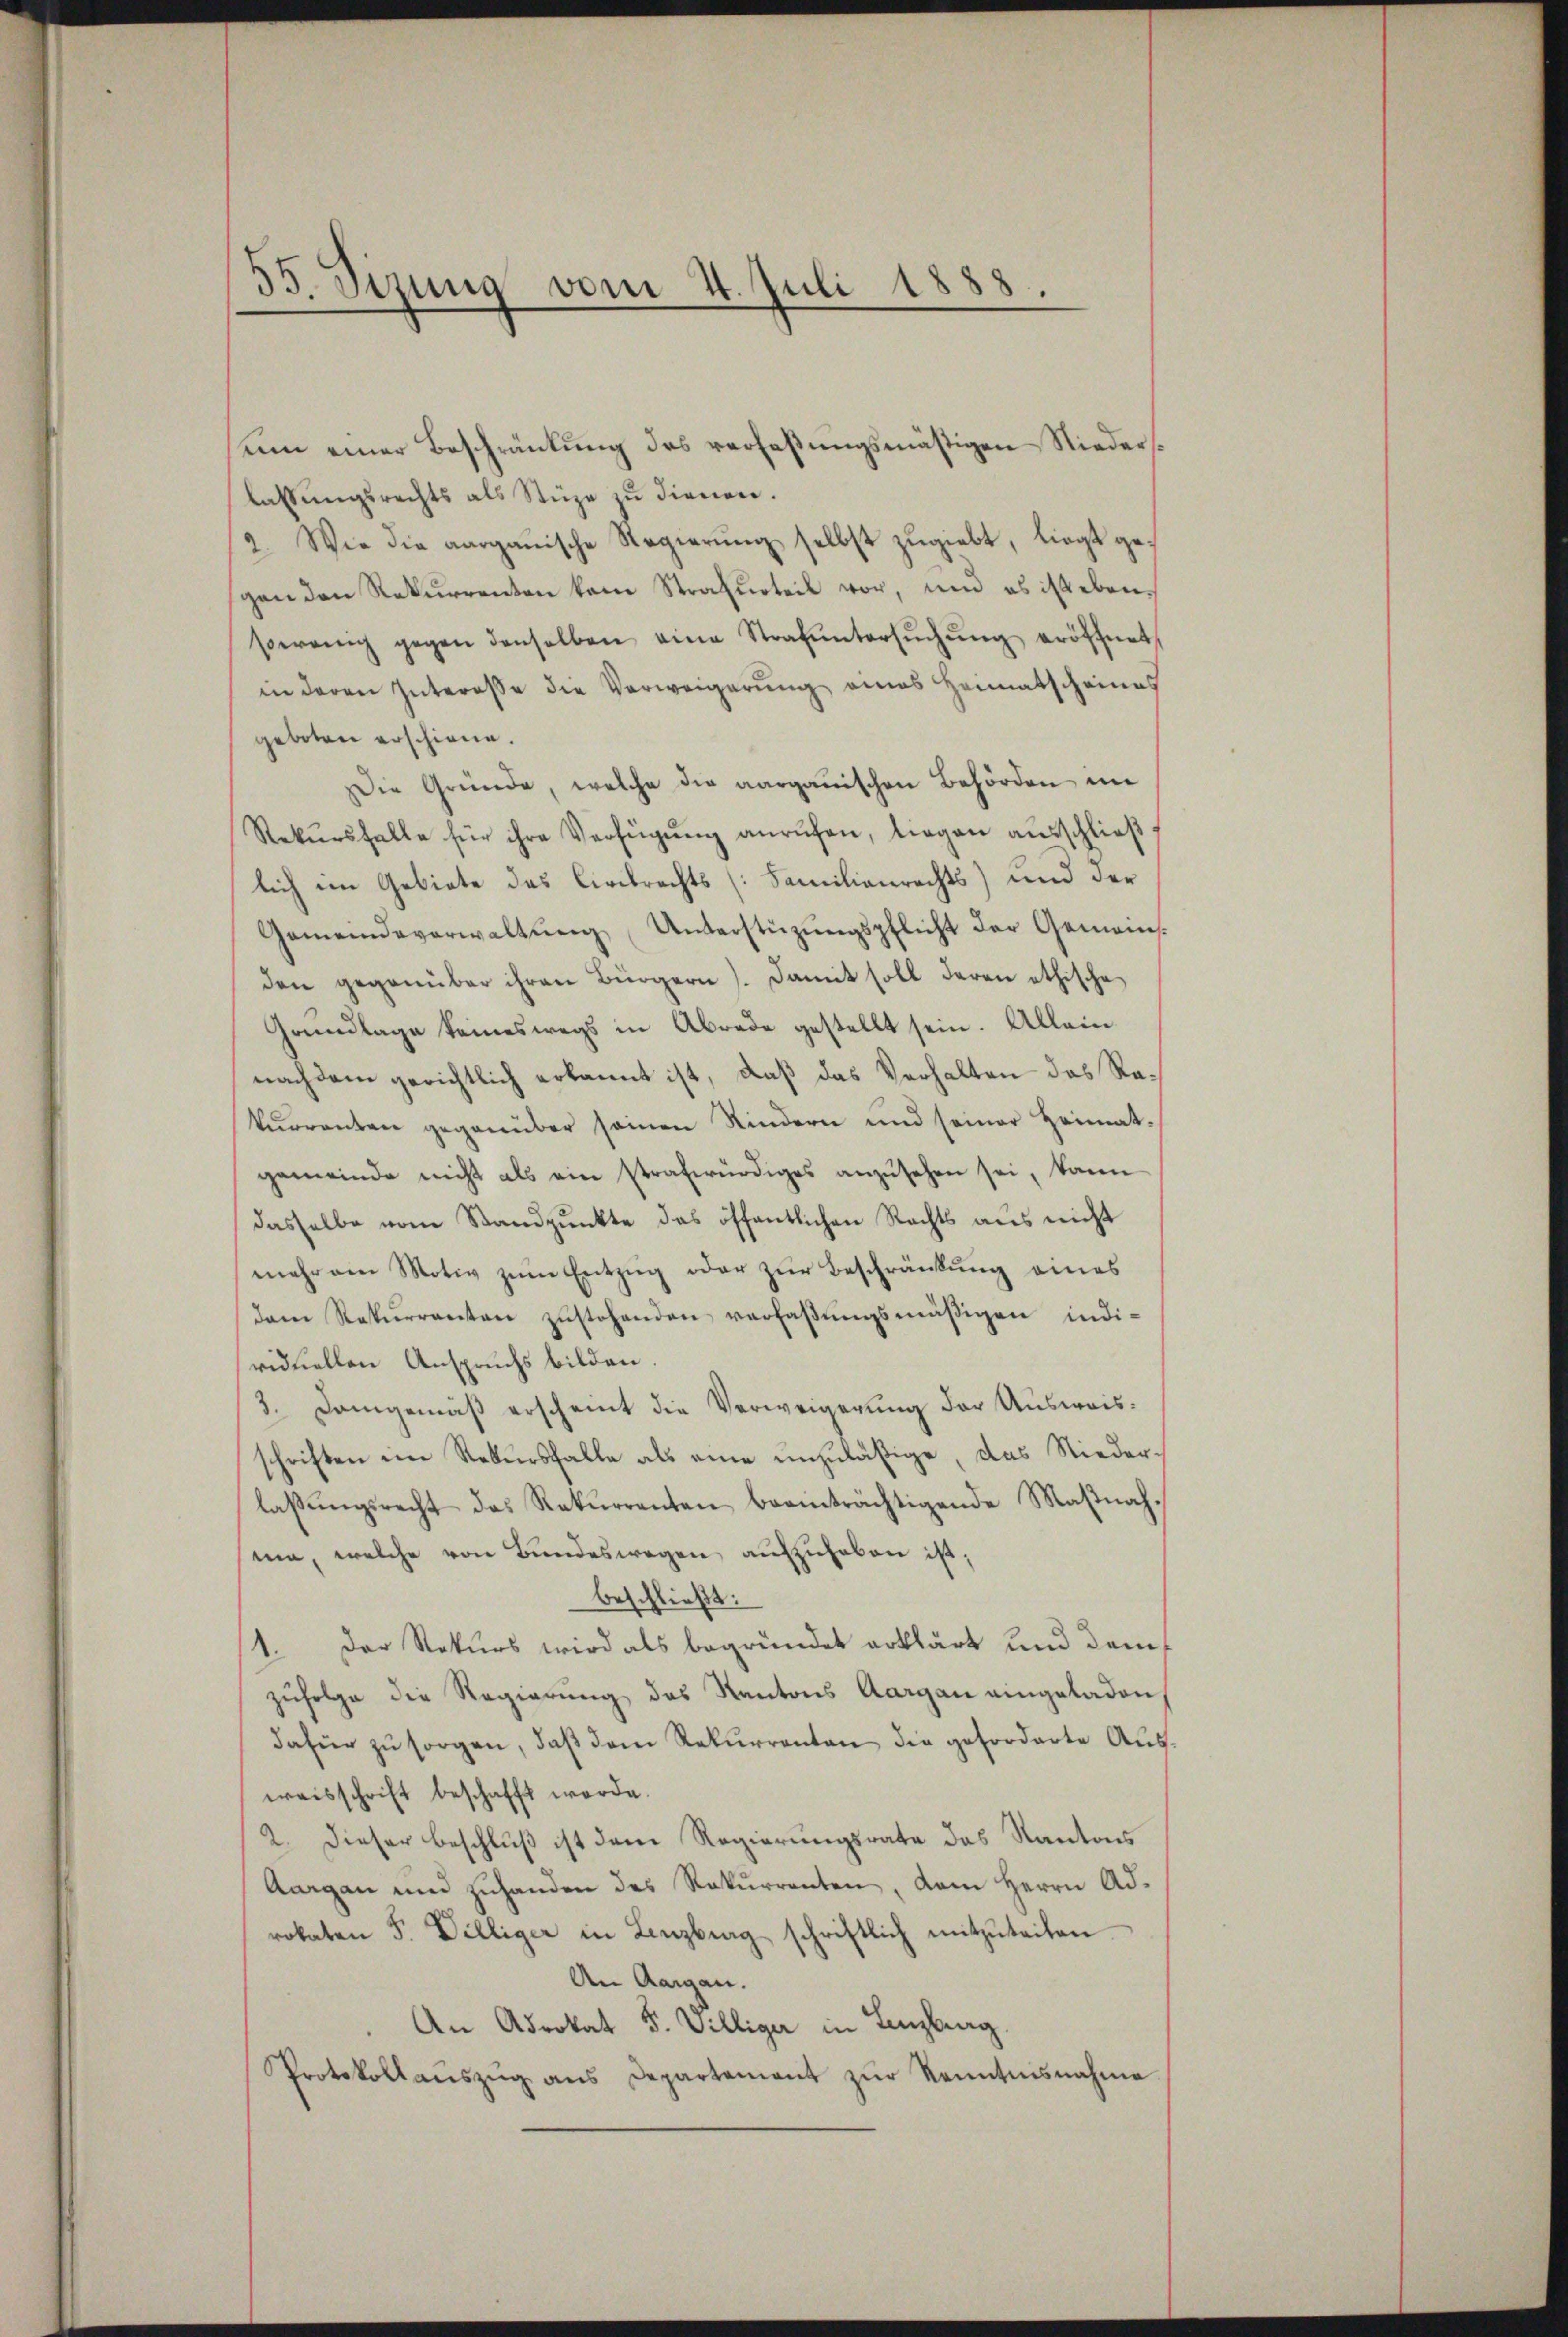
um einer Beschränkung des verfaßungsmäßigen Niederslassungsrechts als Stüze zu dienen.
2. Wie die aargauische Regierŭng selbst zŭgiebt, liegt gegen den Rekurrenten kam Strafurteil vor, und es ist ebenserenig gegen denselben eine Strafŭntersŭchŭng eröffnet.
in deren Interesse die Verweigerung eines Heimatscheines
geboten erschiene.
Die Gründe, welche die aargauischen Behörden im
Rekŭrsfalle für ihre Verfügung anrufen, liegen ausschließ
lich im Gebiete das Civilrechts (Familienrechts) und der
Gemeindeverwaltŭng Unterstüzungspflicht der Gemeinsden gegenüber ihren Bürgern). Damit soll deren ethische
Grundlage keineswegs in Abrede gestellt sein. Allein
nachdem gerichtlich erkannt ist, daß das Verhalten das Rakŭrrenten gegenüber seinen Kindern und seiner Heimat-
gemeinde nicht als ein strafwürdiges anzŭsehen sei, kann
dasselbe vom Standpŭnkte das öffentlichen Rechts aus nicht
mehr am Motiv zum Entzug oder zur Beschränkung eines
dam Rekurrenten zŭstehenden verlaβŭngsmäßigen indi-
viduellen Anspruchs bilden.
3. Demgemäß erscheint die Verweigerung der Ausweisschriften im Rekursfalle als eine unzuläßige, das Niederlaßungsrecht das Rekurrenten beeinträchtigende Maßnahma, welche von Bundeswegen aufzuheben ist;
beschließt:
1. Der Rekurs wird als begründet erklärt und dem
zufolge die Regierung des Kantons Aargau eingeladen
dafür zu sorgen, daß dem Rekurrenten die geforderte Ausweisschrift beschafft werde.
2. Dieser Beschluß ist dem Regierungsrate das Kantons
Aargau und zuhanden des Rekurrenten, dem Herrn Adrokaten F. Villiger in Lenzburg schriftlich mitzŭteilen.
An Aargau.
An Advokat 5. Williger in Lenzburg.
Protokollanszŭg ans Departement zŭr Kenntnisnahme

55 Sizung vom 4. Juli 1888,
.